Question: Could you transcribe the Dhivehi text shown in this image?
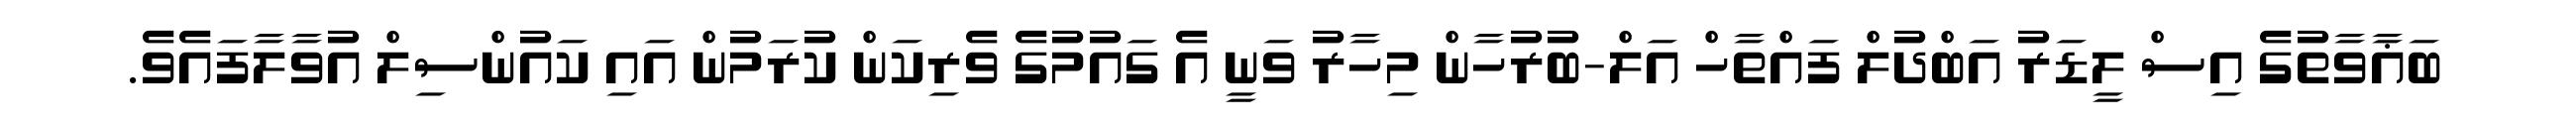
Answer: ބަޣާވާތުގެ އިސް ލީޑަރު އަބްދުލް ފައްތާހް އަލް-ބުރުހާން މިހާރު ވަނީ އެ ގައުމުގެ ވެރިކަން ކުރަމުން އައި ކައުންސިލް އުވާލާފައެވެ.